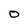
Character: O